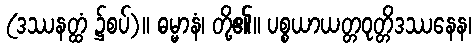
(ဒဿနတ္ထံ ၌စပ်)။ ဓမ္မာနံ၊ တို့၏။ ပစ္စယာယတ္တဝုတ္တိဒဿနေန၊